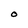
Character: O